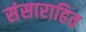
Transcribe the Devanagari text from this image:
संसाराहित